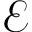
\mathcal { E }